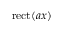
\operatorname { r e c t } ( a x )